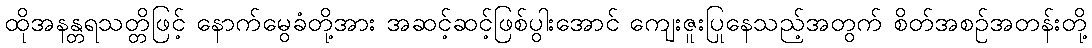
ထိုအနန္တရသတ္တိဖြင့် နောက်မွေခံတို့အား အဆင့်ဆင့်ဖြစ်ပွါးအောင် ကျေးဇူးပြုနေသည့်အတွက် စိတ်အစဉ်အတန်းတို့